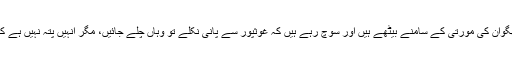
انہوں نے بتایا کہ وہ سارا دن مندر میں بھگوان کی مورتی کے سامنے بیٹھے ہیں اور سوچ رہے ہیں کہ غوثپور سے پانی نکلے تو وہاں چلے جائیں، مگر انہیں پتہ نہیں ہے کہ ان کی دکان میں سامان بچا ہوگا یا نہیں۔